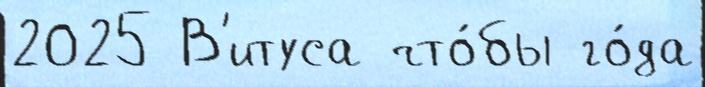
2025 В'итуса что́бы го́да